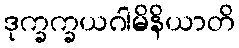
ဒုက္ခက္ခယဂါမိနိယာတိ